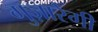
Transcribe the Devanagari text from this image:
गुज़ारेगी